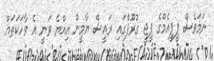
ނަމަވެސް ޕީޕީއެމްގެ ޕީޖީ ގުރޫޕްގައި ރައީސް ޔާމީން އިއްޔެ ވަނީ އެ ވާހަކަތައް